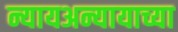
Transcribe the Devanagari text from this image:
न्यायअन्यायाच्या